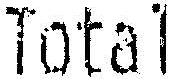
TOTAL